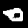
Label: 0